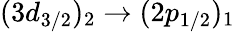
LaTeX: (3d_{3/2})_{2}\rightarrow(2p_{1/2})_{1}